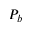
P _ { b }